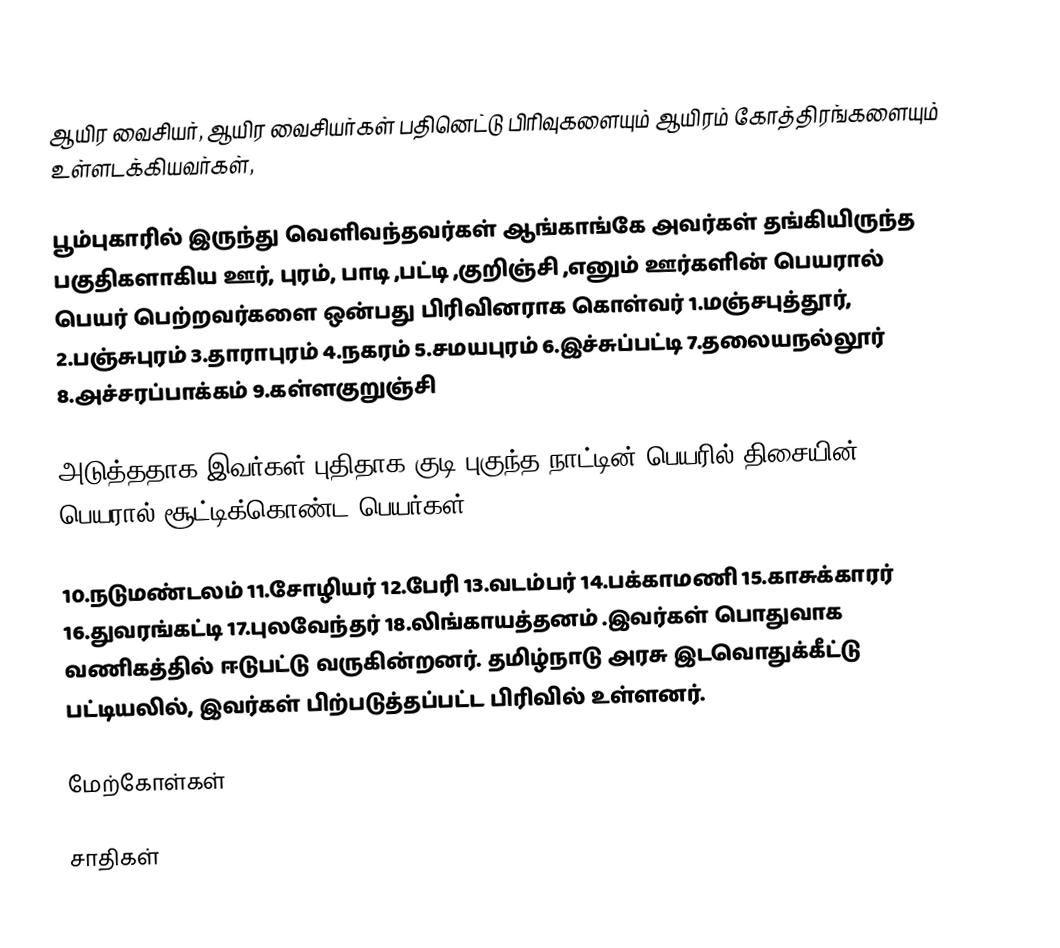
ஆயிர வைசியர், ஆயிர வைசியர்கள் பதினெட்டு பிரிவுகளையும் ஆயிரம் கோத்திரங்களையும்  உள்ளடக்கியவர்கள்,

பூம்புகாரில் இருந்து வெளிவந்தவர்கள் ஆங்காங்கே அவர்கள் தங்கியிருந்த பகுதிகளாகிய ஊர், புரம், பாடி ,பட்டி ,குறிஞ்சி ,எனும் ஊர்களின் பெயரால் பெயர் பெற்றவர்களை ஒன்பது பிரிவினராக கொள்வர் 1.மஞ்சபுத்தூர், 2.பஞ்சுபுரம் 3.தாராபுரம் 4.நகரம் 5.சமயபுரம் 6.இச்சுப்பட்டி 7.தலையநல்லூர் 8.அச்சரப்பாக்கம் 9.கள்ளகுறுஞ்சி

அடுத்ததாக இவர்கள் புதிதாக குடி புகுந்த நாட்டின் பெயரில் திசையின் பெயரால் சூட்டிக்கொண்ட பெயர்கள்

10.நடுமண்டலம் 11.சோழியர் 12.பேரி 13.வடம்பர் 14.பக்காமணி 15.காசுக்காரர் 16.துவரங்கட்டி 17.புலவேந்தர் 18.லிங்காயத்தனம்  .இவர்கள் பொதுவாக வணிகத்தில் ஈடுபட்டு வருகின்றனர். தமிழ்நாடு அரசு இடவொதுக்கீட்டு பட்டியலில், இவர்கள் பிற்படுத்தப்பட்ட பிரிவில் உள்ளனர்.

மேற்கோள்கள்

சாதிகள்